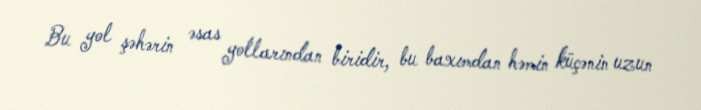
Bu yol şəhərin əsas yollarından biridir, bu baxımdan həmin küçənin uzun